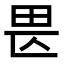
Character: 𤰵